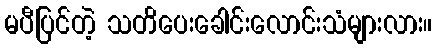
မပီပြင်တဲ့ သတိပေးခေါင်းလောင်းသံများလား။